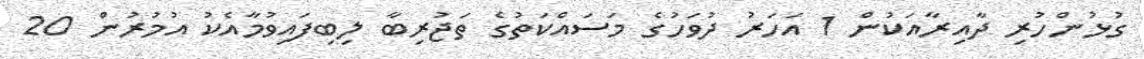
ގުޅުންހުރި ދާއިރާއަކުން 1 އަހަރު ދުވަހުގެ މަސައްކަތުގެ ތަޖުރިބާ ލިބިފައިވުމާއެކު އުމުރުން 20